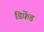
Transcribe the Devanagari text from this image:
डिफ़ेंड